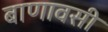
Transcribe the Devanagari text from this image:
बाणावसी